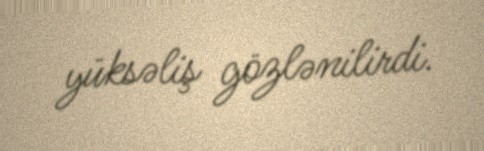
yüksəliş gözlənilirdi.